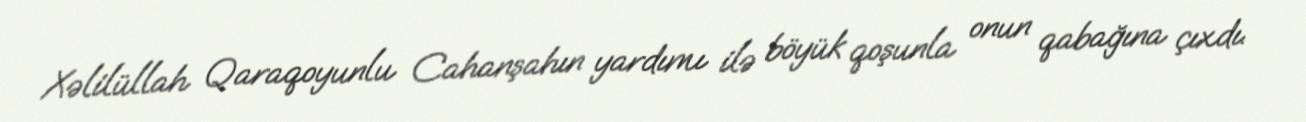
Xəlilüllah Qaraqoyunlu Cahanşahın yardımı ilə böyük qoşunla onun qabağına çıxdı.